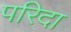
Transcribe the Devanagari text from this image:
परिदा